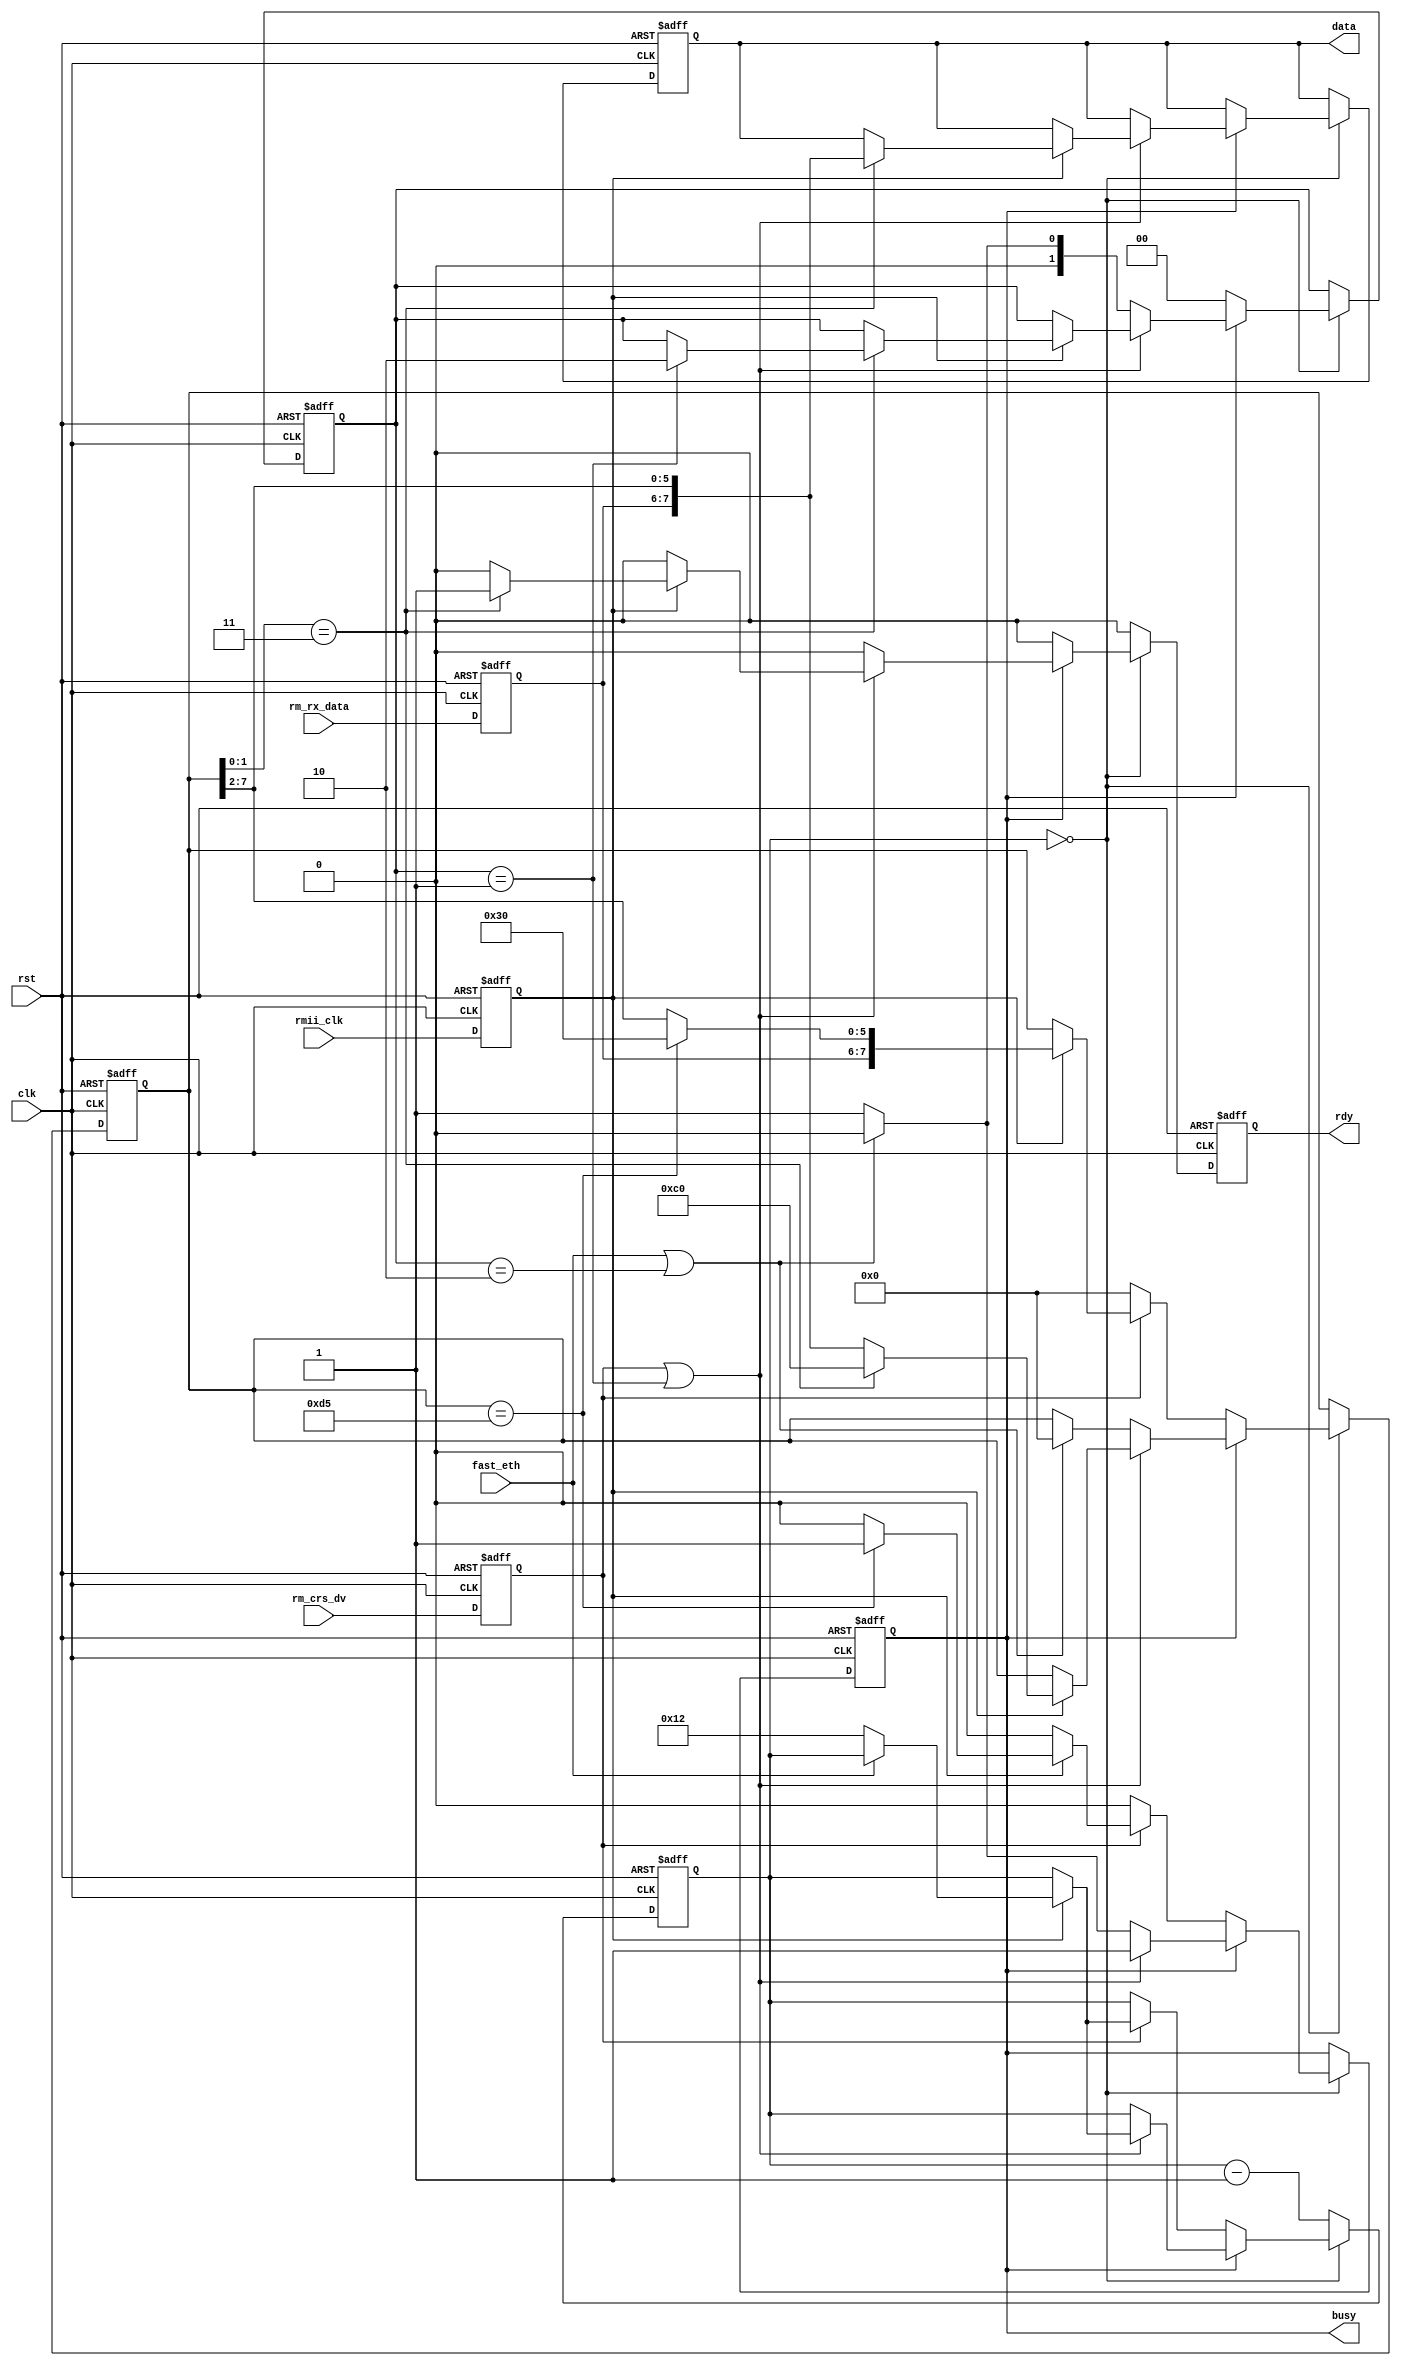
module rmii_rx_byte
(
	input rst,					//  
	input clk,					//   100 
	input rmii_clk,				//   clk   50 
	input fast_eth,				//    0 - 10 /, 1 - 100 /
	input [1:0]rm_rx_data,		// ,   Phy
	input rm_crs_dv,			//  Phy        rm_tx_en  1 -  
	output reg [7:0]data,		// ,   
	output reg rdy,             //    
	output reg busy				// 1 -   , 0 -  
);

//   
reg [1:0]s_rm_rx_data;
reg s_rm_crs_dv;
reg s_rmii_clk;

always @(posedge rst, posedge clk)
	if(rst)
		{s_rm_rx_data, s_rm_crs_dv, s_rmii_clk} <= 0;
	else
		{s_rm_rx_data, s_rm_crs_dv, s_rmii_clk} <= {rm_rx_data, rm_crs_dv, rmii_clk};

reg [4:0]wait_cnt;	//       10 /
reg [7:0]rx_data;	//   

reg [1:0]stop;     //    +1  

//   
always @(posedge rst, posedge clk)
    begin
	if(rst)
		begin
			data <= 0;
			rx_data <= 0;
			wait_cnt <= 0;
			rdy <= 0;
			busy <= 0;
			stop <= 0;  // 32       ,    33''b
		end	
	else
        begin
            if(rdy)					//    rdy,      1 
                rdy <= 0;
            if(wait_cnt == 0)// 
                begin
                    if(!busy)
                    begin
                        stop <= 0;				//     
                            if(s_rm_crs_dv)			//    Phy  
                            begin
                                if(s_rmii_clk)
                                begin
                                    if(rx_data == 8'hD5)		//    
                                        begin
                                            busy <= 1;			//    
                                            rx_data <= {s_rm_rx_data, 6'b11_0000};	//    //    11   0000_0011    -  
                                        end
                                    else
                                        rx_data <= {s_rm_rx_data, rx_data[7:2]};	//    
                                    if(!fast_eth)			//   10  eth   
                                        wait_cnt <= 18;
                                end
                            end
                            else
                                rx_data <= 0;		//  rx_data,   ,   						
                    end							
                    else
                        begin
                            if((s_rm_crs_dv) | (stop == 2'b01))//(s_rm_crs_dv | stop[0])		//      ...
                                begin
                                    if(s_rmii_clk)
                                        begin
                                            if(rx_data[1:0] == 2'b11)		//     , ..   
                                                begin
                                                    data <= {s_rm_rx_data, rx_data[7:2]};	//      
                                                    rx_data <= 8'b11_00_0000;				//  rx_data
                                                    if(stop==2'b01)//(stop[0])
                                                        stop <= 2'b10;
                                                    rdy <= 1;
                                                end
                                                    else
                                                        rx_data <= {s_rm_rx_data, rx_data[7:2]}; //  rx_data    s_rm_rx_data
                                                    if(!fast_eth)
                                                        wait_cnt <= 18;
                                        end
                                end
                            else
                                begin							//    ,  ,  
                                    if((fast_eth )|(stop == 2'b10))	//stop[1])	//   100  
                                        begin					//   
                                            stop <= 0;			
                                            busy <= 0;
                                            rx_data <= 0;
                                        end 
                                    else
                                        stop <= 2'b01;			//      ...
                                end
                        end							
                end
    
				else
					wait_cnt <= wait_cnt - 1;
			end
		end	
endmodule